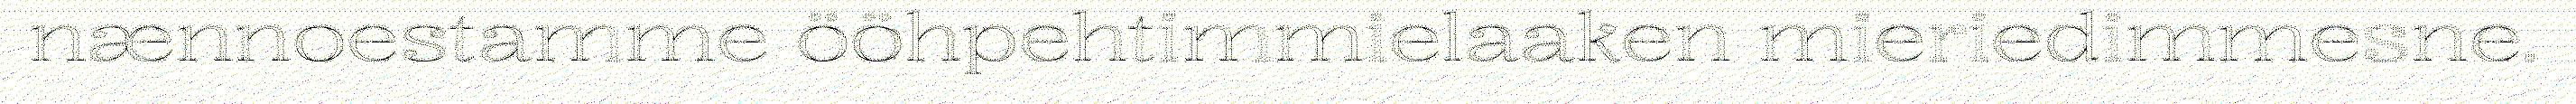
nænnoestamme ööhpehtimmielaaken mieriedimmesne.